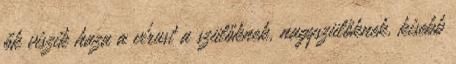
ők viszik haza a vírust a szülőknek, nagyszülőknek, kisebb